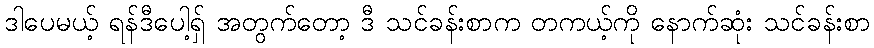
ဒါပေမယ့် ရန်ဒီပေါ့ရှ် အတွက်တော့ ဒီ သင်ခန်းစာက တကယ့်ကို နောက်ဆုံး သင်ခန်းစာ